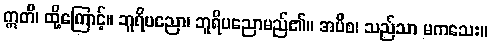
ဣတိ၊ ထို့ကြောင့်။ ဘူရိပညော၊ ဘူရိပညောမည်၏။ အပိစ၊ သည်သာ မကသေး။